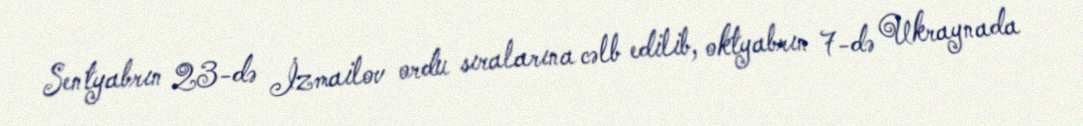
Sentyabrın 23-də İzmailov ordu sıralarına cəlb edilib, oktyabrın 7-də Ukraynada